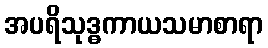
အပရိသုဒ္ဓကာယသမာစာရာ